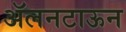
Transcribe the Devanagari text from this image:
ॲलनटाऊन